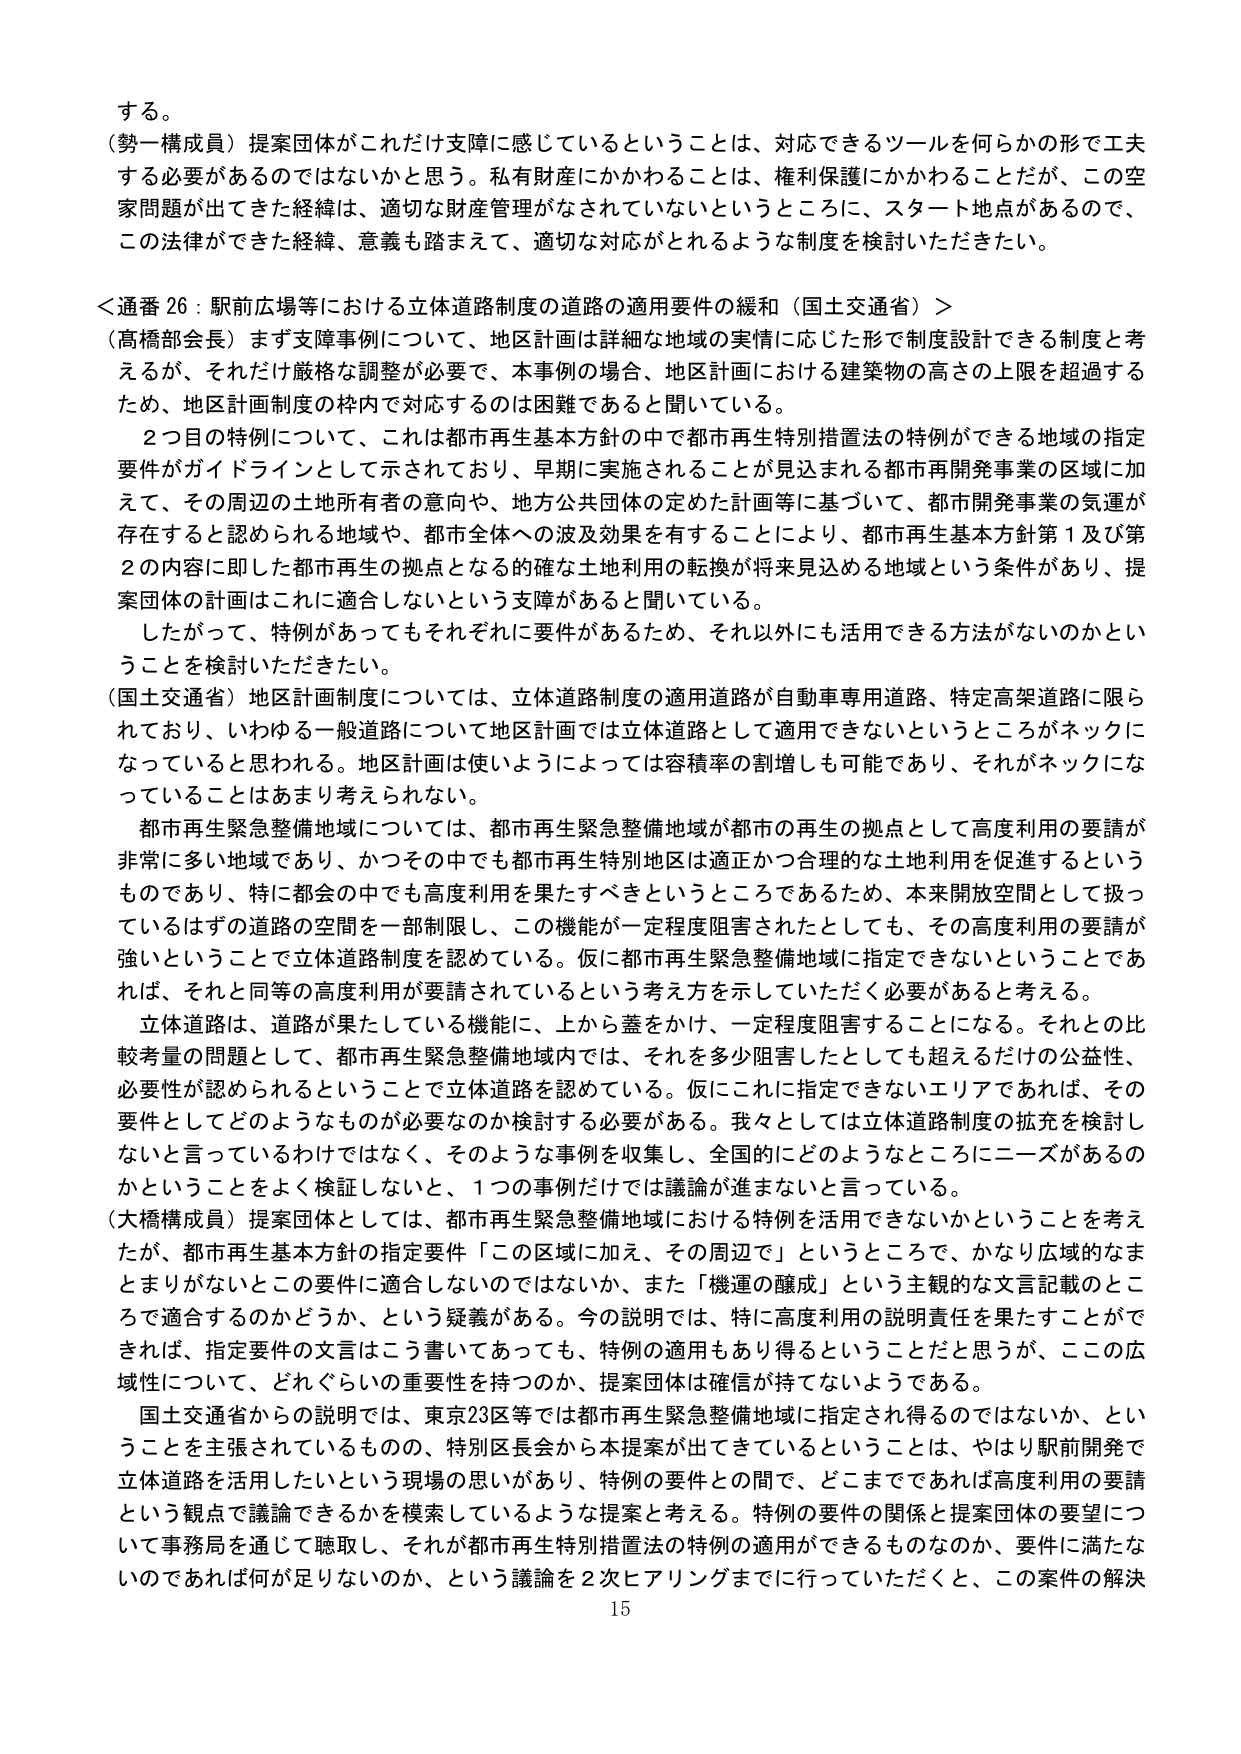
する。

（勢一構成員）提案団体がこれだけ支障に感じているということは、対応できるツールを何らかの形で工夫する必要があるのではないかと思う。私有財産にかかわることは、権利保護にかかわることだが、この空家問題が出てきた経緯は、適切な財産管理がなされていないというところに、スタート地点があるので、この法律ができた経緯、意義も踏まえて、適切な対応がとれるような制度を検討いただきたい。

＜通番 26：駅前広場等における立体道路制度の道路の適用要件の緩和（国土交通省）＞

（高橋部会長）まず支障事例について、地区計画は詳細な地域の実情に応じた形で制度設計できる制度と考えるが、それだけ厳格な調整が必要で、本事例の場合、地区計画における建築物の高さの上限を超過するため、地区計画制度の枠内で対応するのは困難であると聞いている。

２つ目の特例について、これは都市再生基本方針の中で都市再生特別措置法の特例ができる地域の指定要件がガイドラインとして示されており、早期に実施されることが見込まれる都市再開発事業の区域に加えて、その周辺の土地所有者の意向や、地方公共団体の定めた計画等に基づいて、都市開発事業の気運が存在すると認められる地域や、都市全体への波及効果を有することにより、都市再生基本方針第１及び第２の内容に即した都市再生の拠点となる的確な土地利用の転換が将来見込める地域という条件があり、提案団体の計画はこれに適合しないという支障があると聞いている。

したがって、特例があってもそれぞれに要件があるため、それ以外にも活用できる方法がないのかということを検討いただきたい。

（国土交通省）地区計画制度については、立体道路制度の適用道路が自動車専用道路、特定高架道路に限られており、いわゆる一般道路について地区計画では立体道路として適用できないというところがネックになっていると思われる。地区計画は使いようによっては容積率の割増しも可能であり、それがネックになっていることはあまり考えられない。

都市再生緊急整備地域については、都市再生緊急整備地域が都市の再生の拠点として高度利用の要請が非常に多い地域であり、かつその中でも都市再生特別地区は適正かつ合理的な土地利用を促進するというものであり、特に都会の中でも高度利用を果たすべきというところであるため、本来開放空間として扱っているはずの道路の空間を一部制限し、この機能が一定程度阻害されたとしても、その高度利用の要請が強いということで立体道路制度を認めている。仮に都市再生緊急整備地域に指定できないということであれば、それと同等の高度利用が要請されているという考え方を示していただく必要があると考える。

立体道路は、道路が果たしている機能に、上から蓋をかけ、一定程度阻害することになる。それとの比較考量の問題として、都市再生緊急整備地域内では、それを多少阻害したとしても超えるだけの公益性、必要性が認められるということで立体道路を認めている。仮にこれに指定できないエリアであれば、その要件としてどのようなものが必要なのか検討する必要がある。我々としては立体道路制度の拡充を検討しないと言っているわけではなく、そのような事例を収集し、全国的にどのようなところにニーズがあるのかということをよく検証しないと、１つの事例だけでは議論が進まないと言っている。

（大橋構成員）提案団体としては、都市再生緊急整備地域における特例を活用できないかということを考えたが、都市再生基本方針の指定要件「この区域に加え、その周辺で」というところで、かなり広域的なまとまりがないとこの要件に適合しないのではないか、また「機運の醸成」という主観的な文言記載のところで適合するのかどうか、という疑義がある。今の説明では、特に高度利用の説明責任を果たすことができれば、指定要件の文言はこう書いてあっても、特例の適用もあり得るということだと思うが、この広域性について、どれぐらいの重要性を持つのか、提案団体は確信が持てないようである。

国土交通省からの説明では、東京23区等では都市再生緊急整備地域に指定され得るのではないか、ということを主張されているものの、特別区長会から本提案が出てきているということは、やはり駅前開発で立体道路を活用したいという現場の思いがあり、特例の要件との間で、どこまでであれば高度利用の要請という観点で議論できるかを模索しているような提案と考える。特例の要件の関係と提案団体の要望について事務局を通じて聴取し、それが都市再生特別措置法の特例の適用ができるものなのか、要件に満たないのであれば何が足りないのか、という議論を２次ヒアリングまでに行っていただくと、この案件の解決

15